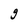
Character: g